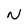
Character: N